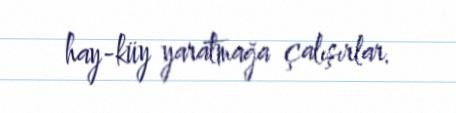
hay-küy yaratmağa çalışırlar.